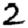
Digit: 2